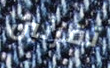
تقرئين